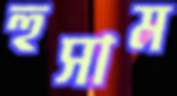
হুসাম